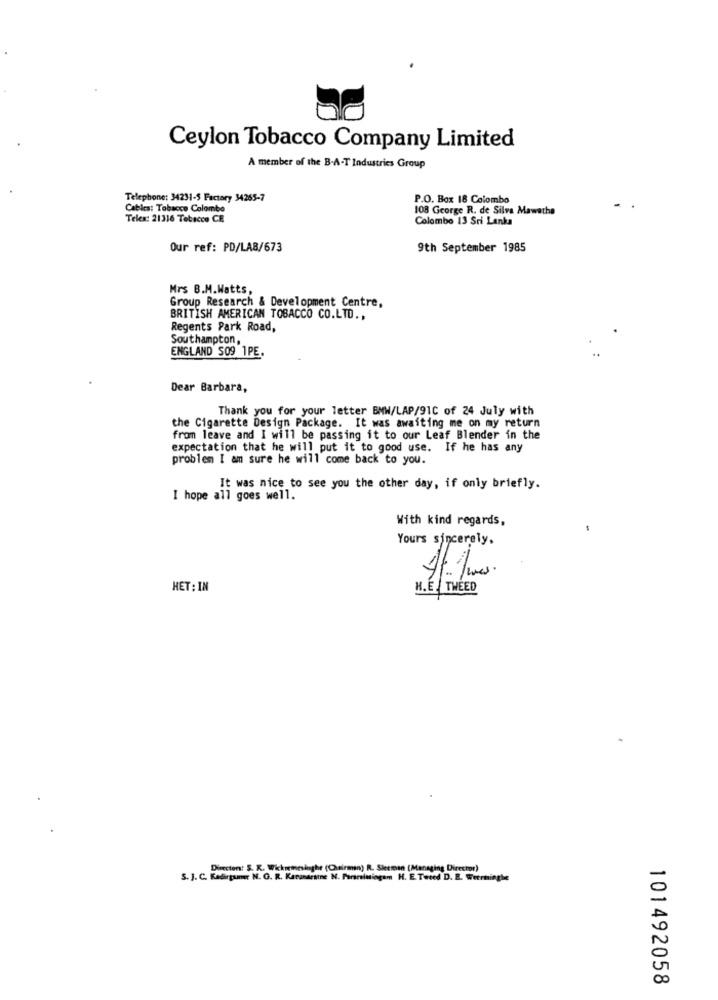
Ceylon Tobacco Company Limited
A member of the B-A-T Industries Group
Telephone: 34231-5 Factory 34265-7
P.O. Box 18 Colombo
Cables: Tobacco Colombo
108 George R. de Silva Mawatha
Telex: 21316 Tobacco CE
Colombo 13 Sri Lanka
Our ref: PD/LAB/673
9th September 1985
Mrs B.M.Watts,
Group Research & Development Centre,
BRITISH AMERICAN TOBACCO CO.LTD .,
Regents Park Road,
Southampton,
ENGLAND S09 1PE.
Dear Barbara,
Thank you for your letter BMW/LAP/91C of 24 July with
the Cigarette Design Package. It was awaiting me on my return
from leave and I will be passing it to our Leaf Blender in the
expectation that he will put it to good use. If he has any
problem I am sure he will come back to you.
It was nice to see you the other day, if only briefly.
I hope all goes well.
With kind regards,
Yours sincerely,
HET : IN
H.E TWEED
Dimcten: S. K. Wickremesinghe (Chairman) R. Skeman (Managing Director)
S. J. C. Kadirgumer N. G. R. Karamartine N. Parralningam H. E. Teced D. R. Werringhe
101492058